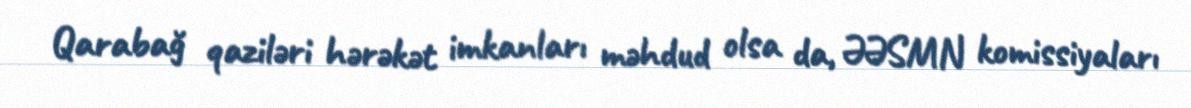
Qarabağ qaziləri hərəkət imkanları məhdud olsa da, ƏƏSMN komissiyaları